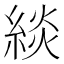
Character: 緂